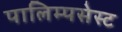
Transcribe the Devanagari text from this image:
पालिम्पसेस्ट